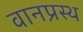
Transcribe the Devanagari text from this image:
वानप्रस्‍थ